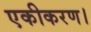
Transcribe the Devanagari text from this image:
एकीकरण।